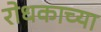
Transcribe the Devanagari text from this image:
रोधकाच्या